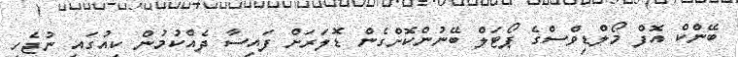
ބޭންކް އޮފް މޯލްޑިވްސްގެ ޕޯޓަލް ބޭނުންކޮށްގެން ޑޮލަރަށް ފައިސާ ދެއްކުމުން ކިއުގައި ނުޖެހި